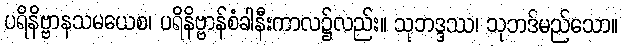
ပရိနိဗ္ဗာနသမယေစ၊ ပရိနိဗ္ဗာန်စံခါနီးကာလ၌လည်း။ သုဘဒ္ဒဿ၊ သုဘဒ်မည်သော။